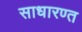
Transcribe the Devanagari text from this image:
साधारण्त